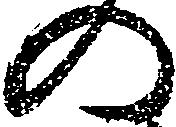
の